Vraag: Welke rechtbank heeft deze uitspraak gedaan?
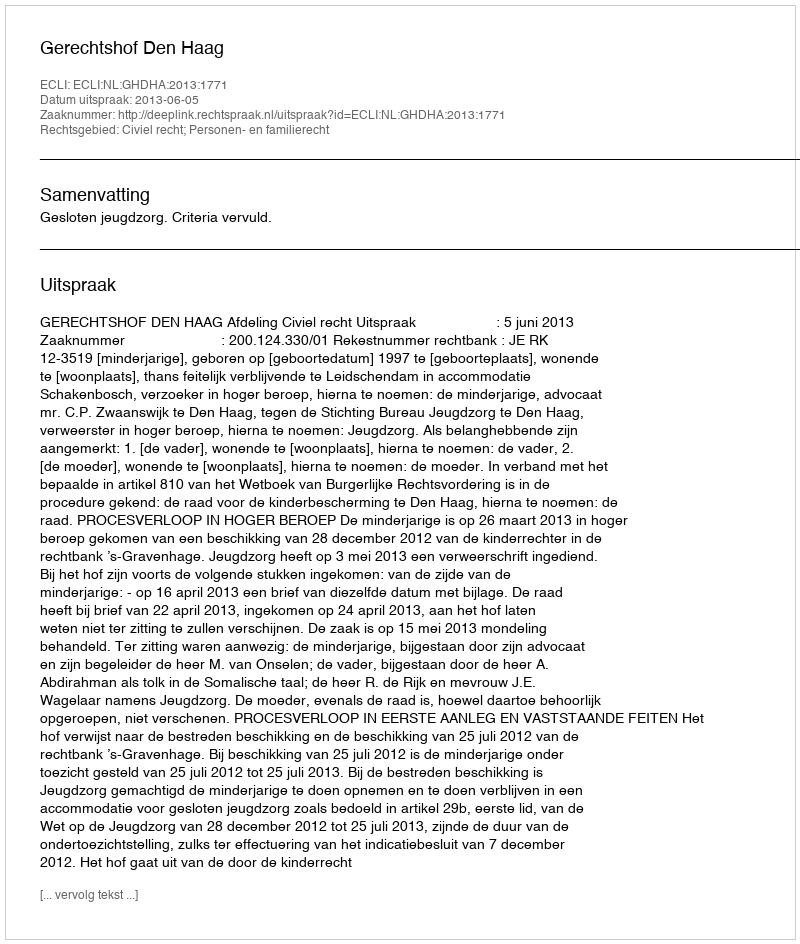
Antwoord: Gerechtshof Den Haag